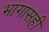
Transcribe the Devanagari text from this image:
भागासही